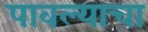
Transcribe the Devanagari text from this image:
पावल्याचा